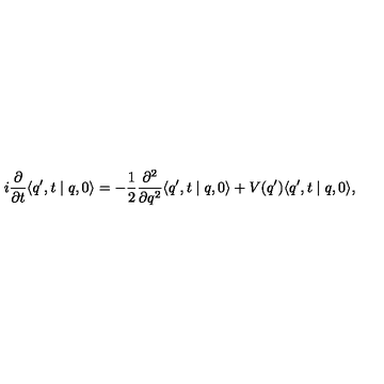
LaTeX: i \frac { \partial } { \partial t } \langle q ^ { \prime } , t \mid q , 0 \rangle = - \frac { 1 } { 2 } \frac { \partial ^ { 2 } } { \partial q ^ { 2 } } \langle q ^ { \prime } , t \mid q , 0 \rangle + V ( q ^ { \prime } ) \langle q ^ { \prime } , t \mid q , 0 \rangle ,